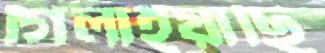
গিলাইয়াছি